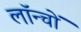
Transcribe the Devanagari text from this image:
लॉन्चों